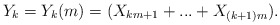
\begin{align*}Y_{k}=Y_{k}(m)=(X_{km+1}+...+X_{(k+1)m}). \end{align*}